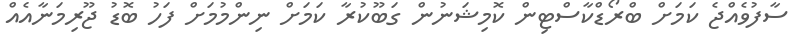
ސާފުވެއްޖެ ކަމަށް ބްރޯޑްކާސްޓިން ކޮމިޝަނުން ގަބޫކުރާ ކަމަށް ނިންމުމަށް ފަހު ބޮޑު ޖޫރިމަނާއެއް